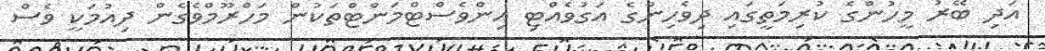
އަދި ބޭރު މީހުންގެ ކުރިމަތީގައި ދިވެހިންގެ އަގުވެއްޓި އިންވެސްޓްމަންޓްތަކުން މަހްރޫމްވެގެން ދިއުމަކީ ވެސް